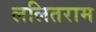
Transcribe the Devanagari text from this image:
ललितराम